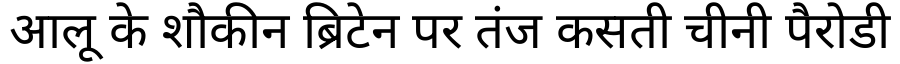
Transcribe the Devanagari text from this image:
आलू के शौकीन ब्रिटेन पर तंज कसती चीनी पैरोडी